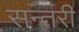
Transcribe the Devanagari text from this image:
सन्तरी